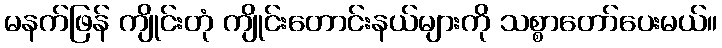
မနက်ဖြန် ကျိုင်းတုံ ကျိုင်းတောင်းနယ်များကို သစ္စာတော်ပေးမယ်။